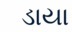
ડાયા